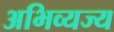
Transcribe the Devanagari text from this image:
अभिव्यज्य